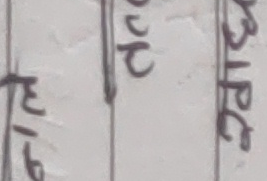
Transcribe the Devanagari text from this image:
ते/१६ अच् नेपे